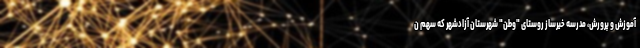
آموزش و پرورش، مدرسه خیرساز روستای "وطن" شهرستان آزادشهر که سهم ن